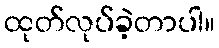
ထုတ်လုပ်ခဲ့တာပါ။